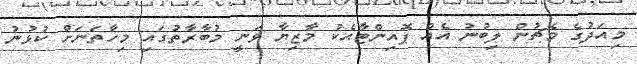
މިއަދުގެ މެޗުން ލިބުނު އެއް ޕޮއިންޓާއެކު މާޒިޔާ ވަނީ މުބާރާތުގައި މިހާތަނަށް ކުޅުނު